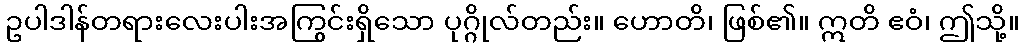
ဥပါဒါန်တရားလေးပါးအကြွင်းရှိသော ပုဂ္ဂိုလ်တည်း။ ဟောတိ၊ ဖြစ်၏။ ဣတိ ဧဝံ၊ ဤသို့။